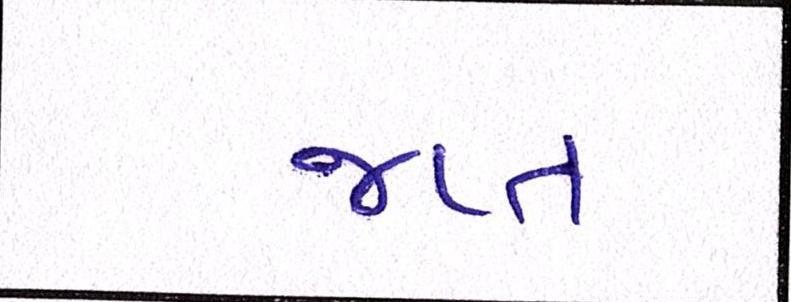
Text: જપ્ત